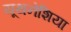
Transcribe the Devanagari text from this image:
यूथनेशिया